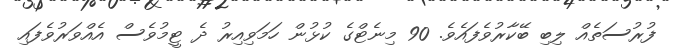
ފުރުސަތެއް ލިބި ބޭކާރުވެފައެވެ. 90 މިނެޓްގެ ކުޅުން ހަމަވިއިރު ދެ ޓީމުވެސް އެއްވަރުވެފައި